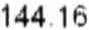
144.16